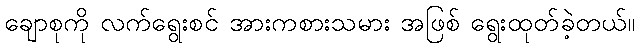
ချောစုကို လက်ရွေးစင် အားကစားသမား အဖြစ် ရွေးထုတ်ခဲ့တယ်။